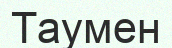
Таумен